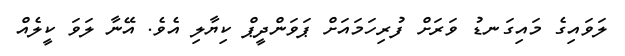
ލަވައިގެ މައިގަނޑު ވަރަށް ފުރިހަމައަށް ޕަވަންދީޕް ކިޔާލި އެވެ. އޭނާ ލަވަ ކީލެއް